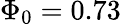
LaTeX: \Phi_{0}=0.73